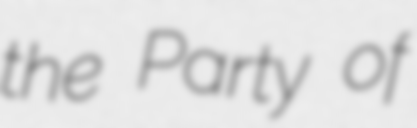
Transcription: the Party of